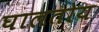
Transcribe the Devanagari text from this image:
घालतोय